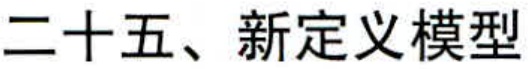
二十五、新定义模型